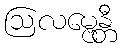
ဩလမ္ဗေန္တီ